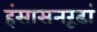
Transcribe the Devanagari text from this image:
हंसासनरूढां